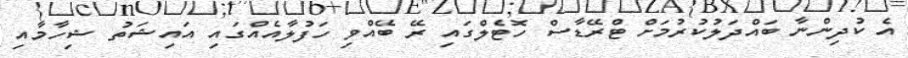
އެ ކުދިންނާ ބައްދަލުކުރުމަށް ޓްރޭޑާސް ހޮޓެލްގައި ރޭ ބޭއްވި ހަފުލާއެއްގައި އައިޝަތު ޝިހާމާއި